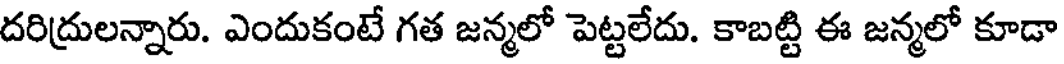
దరిద్రులన్నారు. ఎందుకంటే గత జన్మలో పెట్టలేదు. కాబట్టి ఈ జన్మలో కూడా